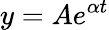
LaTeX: y=Ae^{\alpha t}